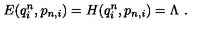
E ( q _ { i } ^ { n } , p _ { n , i } ) = H ( q _ { i } ^ { n } , p _ { n , i } ) = \Lambda \ .